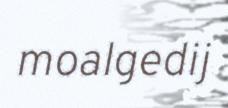
moalgedij